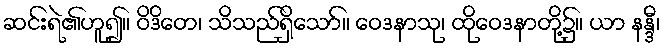
ဆင်းရဲ၏ဟူ၍။ ဝိဒိတေ၊ သိသည်ရှိသော်။ ဝေဒနာသု၊ ထိုဝေဒနာတို့၌။ ယာ နန္ဒီ၊